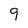
Character: 9